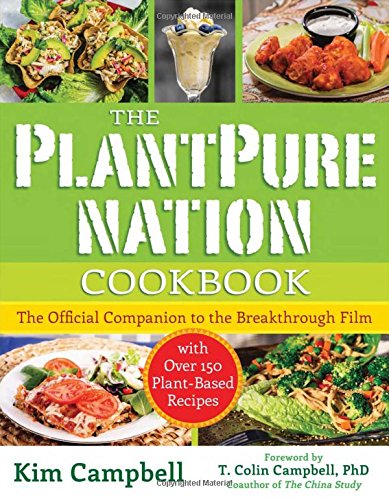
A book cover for The PlantPure Nation Cookbook: The Official Companion Cookbook to the Breakthrough Film...with over 150 Plant-Based Recipes; Kim Campbell; Cookbooks, Food & Wine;